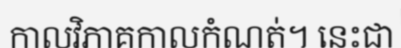
កាលវិភាគកាលកំណត់។ នេះជា